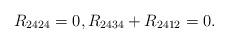
LaTeX: \begin{align*}R_{2424}=0,R_{2434}+R_{2412}=0.\end{align*}